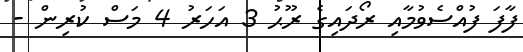
ފާފަ ފުއްސެވުމާއި ރޯދައިގެ ރޫޙު 3 އަހަރު 4 މަސް ކުރިން -